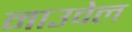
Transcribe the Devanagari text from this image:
नाउवेल